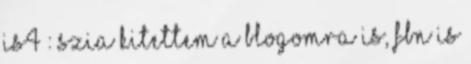
is4 : Szia Kitettem a blogomra is, FBn is